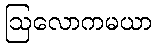
ဩလောကမယာ